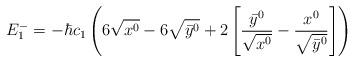
LaTeX: \begin{align*}E_1^-=-\hbar c_1 \left( 6\sqrt{x^0} -6\sqrt{\bar y^0}+2\left[ \frac{\bar y^0}{\sqrt{x^0}} -\frac {x^0}{\sqrt{\bar y^0}} \right] \right)\end{align*}